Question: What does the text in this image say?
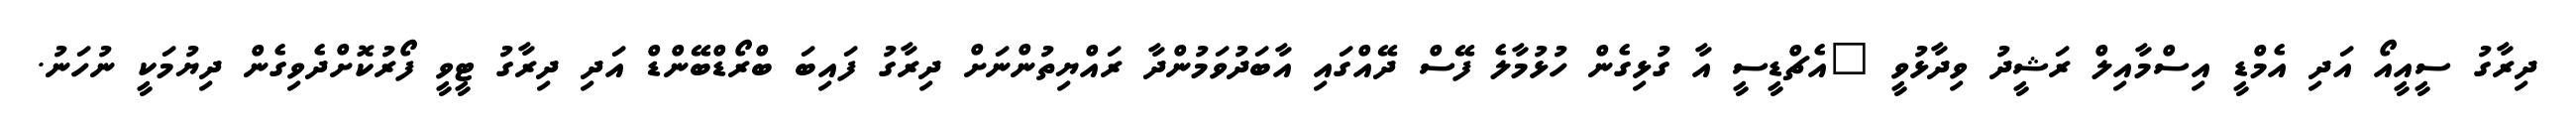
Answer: ދިރާގު ސީއީއޯ އަދި އެމްޑީ އިސްމާއިލް ރަޝީދު ވިދާޅުވީ "އެޗްޑީސީ އާ ގުޅިގެން ހުޅުމާލެ ފޭސް ދޭއްގައި އާބަދުވަމުންދާ ރައްޔިތުންނަށް ދިރާގު ފައިބަ ބްރޯޑްބޭންޑް އަދި ދިރާގު ޓީވީ ފޯރުކޮށްދެވިގެން ދިޔުމަކީ ނުހަނު.